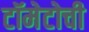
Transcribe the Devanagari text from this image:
टॉमेटोची